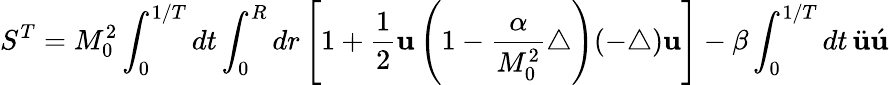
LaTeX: S^{T}=M_{0}^{2}\int_{0}^{1/T}dt\int_{0}^{R}dr\left[1+\frac{1}{2}{\mathbf u}\left(1-\frac{\alpha}{M_{0}^{2}}\triangle\right)(-\triangle){\mathbf u}\right]-\beta\int_{0}^{1/T}dt\, \ddot{\mathbf u}\acute{\mathbf u}